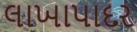
લાખાપાદર